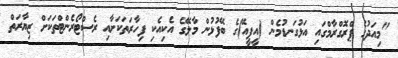
"މިއަދުގެ ޕްރޮގްރާމްގައި އަޅުގަނޑުމެން (އީޕީއޭ)ގެ ބޭފުޅުން މާލޭގެ އެކިއެކި ފިހާރަތަކަށާއި ރެސްޓޯރެންޓްތަކަށް ޒިޔާރަތް